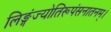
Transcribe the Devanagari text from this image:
लिङ्गंज्योतिरूपंसनातनम्।